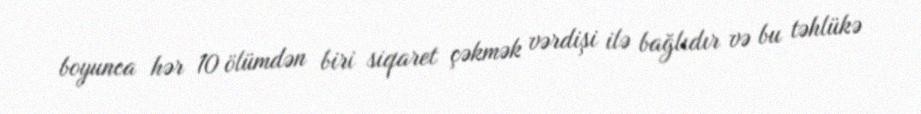
boyunca hər 10 ölümdən biri siqaret çəkmək vərdişi ilə bağlıdır və bu təhlükə